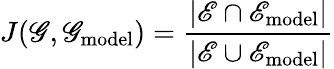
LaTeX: J(\mathscr{G},\mathscr{G}_{\mathrm{model}})=\frac{\vert{\mathscr{E}}\cap{\mathscr{E}_{\mathrm{model}}}\vert}{\vert{\mathscr{E}}\cup{\mathscr{E}}_{\mathrm{model}}\vert}